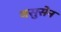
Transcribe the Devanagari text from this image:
वसुसेन